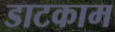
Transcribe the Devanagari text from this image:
डाटकाम